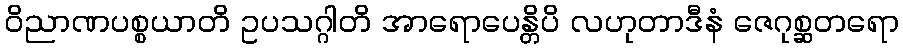
ဝိညာဏပစ္စယာတိ ဥပသဂ္ဂါတိ အာရောပေန္တိပိ လဟုတာဒီနံ ဇေဂုစ္ဆတရော